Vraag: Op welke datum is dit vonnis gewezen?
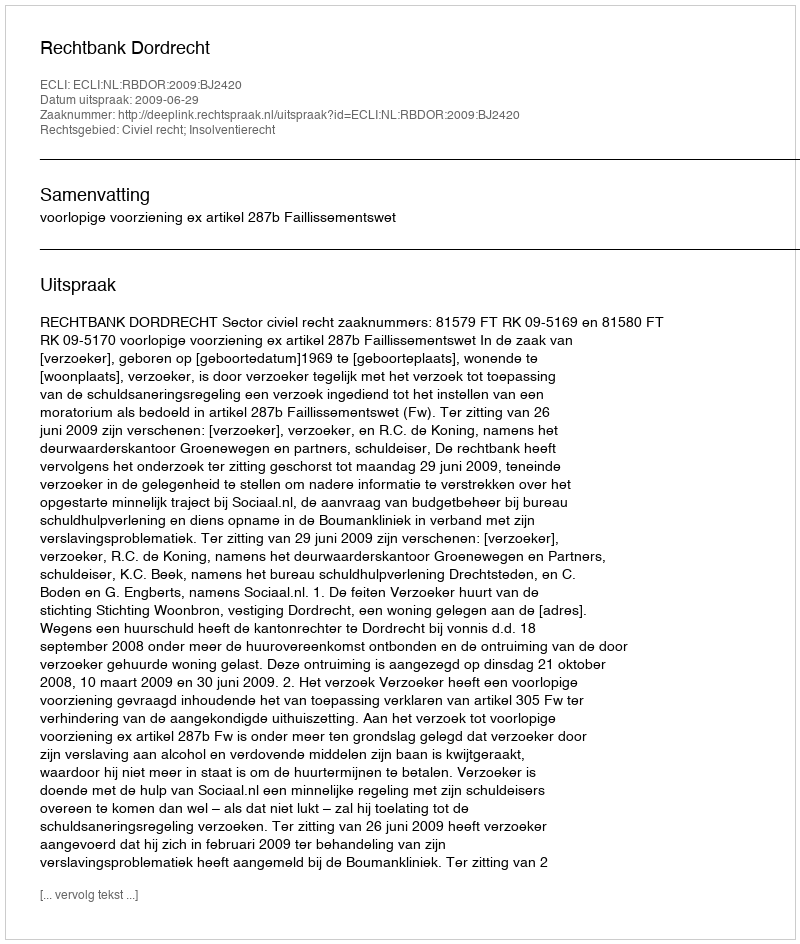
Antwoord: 2009-06-29